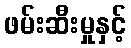
ဖမ်းဆီးမှုနှင့်